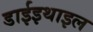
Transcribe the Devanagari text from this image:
डाईइथाइल